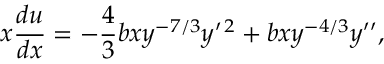
x \frac { d u } { d x } = - \frac { 4 } { 3 } b x y ^ { - 7 / 3 } y ^ { \prime \, 2 } + b x y ^ { - 4 / 3 } y ^ { \prime \prime } ,